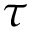
\tau